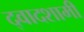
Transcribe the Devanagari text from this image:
द्वादशामी